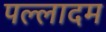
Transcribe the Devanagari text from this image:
पल्लादम